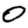
Digit: 0